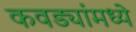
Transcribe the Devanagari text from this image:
कवड्यांमध्ये